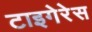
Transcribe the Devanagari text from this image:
टाइगेरेस